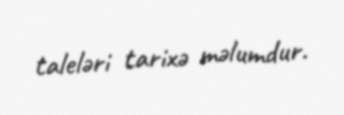
taleləri tarixə məlumdur.